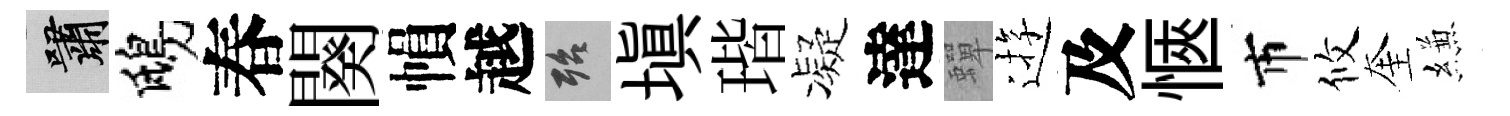
嘯鴟春闋𢄙越殆塡瑎凝達蟬逰及愜市攸奎縑